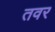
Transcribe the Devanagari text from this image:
तवर